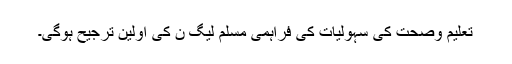
تعلیم وصحت کی سہولیات کی فراہمی مسلم لیگ ن کی اولین ترجیح ہوگی۔